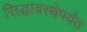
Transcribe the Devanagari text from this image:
सिद्धावस्थेपर्यंत